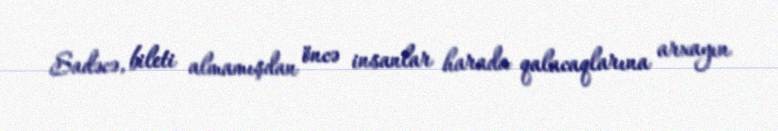
Sadəcə, bileti almamışdan öncə insanlar harada qalacaqlarına arxayın